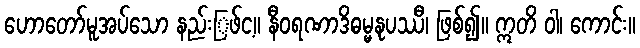
ဟောတော်မူအပ်သော နည်းြဖ်င့။ နီဝရဏာဒိဓမ္မနုပဿီ၊ ဖြစ်၍။ ဣတိ ဝါ၊ ကောင်း။